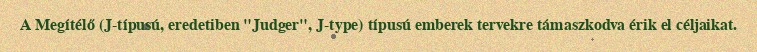
A Megítélő (J-típusú, eredetiben "Judger", J-type) típusú emberek tervekre támaszkodva érik el céljaikat.